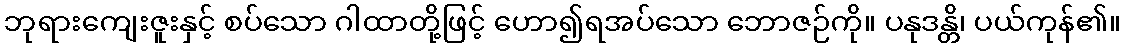
ဘုရားကျေးဇူးနှင့် စပ်သော ဂါထာတို့ဖြင့် ဟော၍ရအပ်သော ဘောဇဉ်ကို။ ပနုဒန္တိ၊ ပယ်ကုန်၏။